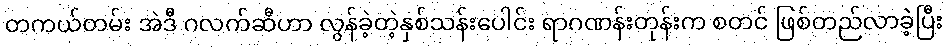
တကယ်တမ်း အဲဒီ ဂလက်ဆီဟာ လွန်ခဲ့တဲ့နှစ်သန်းပေါင်း ရာဂဏန်းတုန်းက စတင် ဖြစ်တည်လာခဲ့ပြီး